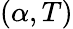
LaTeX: (\alpha,T)